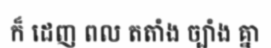
ក៏ ដេញ ពល តតាំង ច្បាំង គ្នា